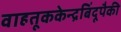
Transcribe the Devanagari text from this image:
वाहतूककेन्द्रबिंदूपैकी